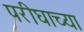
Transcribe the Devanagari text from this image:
परीघाच्या